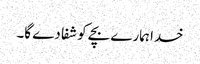
خدا ہمارے بچے کو شفا دے گا۔